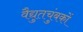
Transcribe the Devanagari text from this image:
वैद्युतचुंबकों